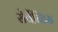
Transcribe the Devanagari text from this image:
सेर्वैन्टिस